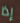
إذا